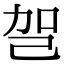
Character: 㠰